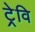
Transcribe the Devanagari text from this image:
ट्रेवि